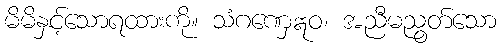
မိမိနှင့်သောရထားကို။ သံဂဏှေဣဝ၊ အညီမညွတ်သော